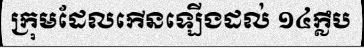
ក្រុមដែលកើនឡើងដល់ ១៤ក្លឹប